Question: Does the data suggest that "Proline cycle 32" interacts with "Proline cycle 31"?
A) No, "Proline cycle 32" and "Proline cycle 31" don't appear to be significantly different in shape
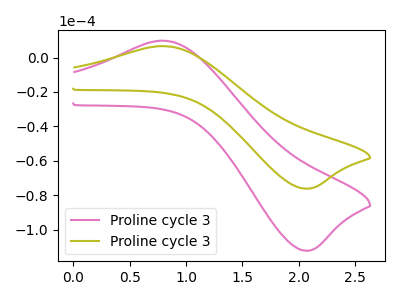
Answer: <think>The pink curve "Proline cycle 31" has an anodic peak at (0.75V, 9.80uA) and a cathodic peak at (2.05V, -112.30uA). The olive curve "Proline cycle 32" has an anodic peak at (0.75V, 6.65uA) and a cathodic peak at (2.05V, -76.20uA).
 All the peaks in "Proline cycle 32" have a peak in "Proline cycle 31" at the same potential. Every peak in "Proline cycle 32" is lower than every peak in "Proline cycle 31".</think>
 <answer>A) No, "Proline cycle 32" and "Proline cycle 31" don't appear to be significantly different in shape</answer>
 <eval>A</eval>